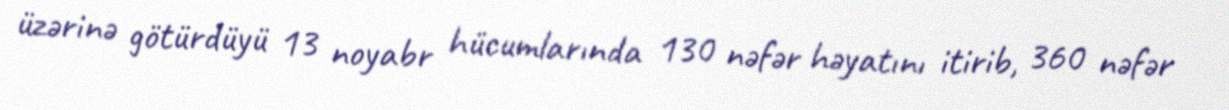
üzərinə götürdüyü 13 noyabr hücumlarında 130 nəfər həyatını itirib, 360 nəfər